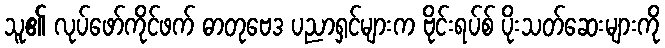
သူ၏ လုပ်ဖော်ကိုင်ဖက် ဓာတုဗေဒ ပညာရှင်များက ဗိုင်းရပ်စ် ပိုးသတ်ဆေးများကို